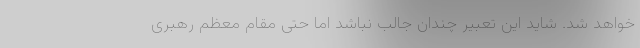
خواهد شد. شاید این تعبیر چندان جالب نباشد اما حتی مقام معظم رهبری